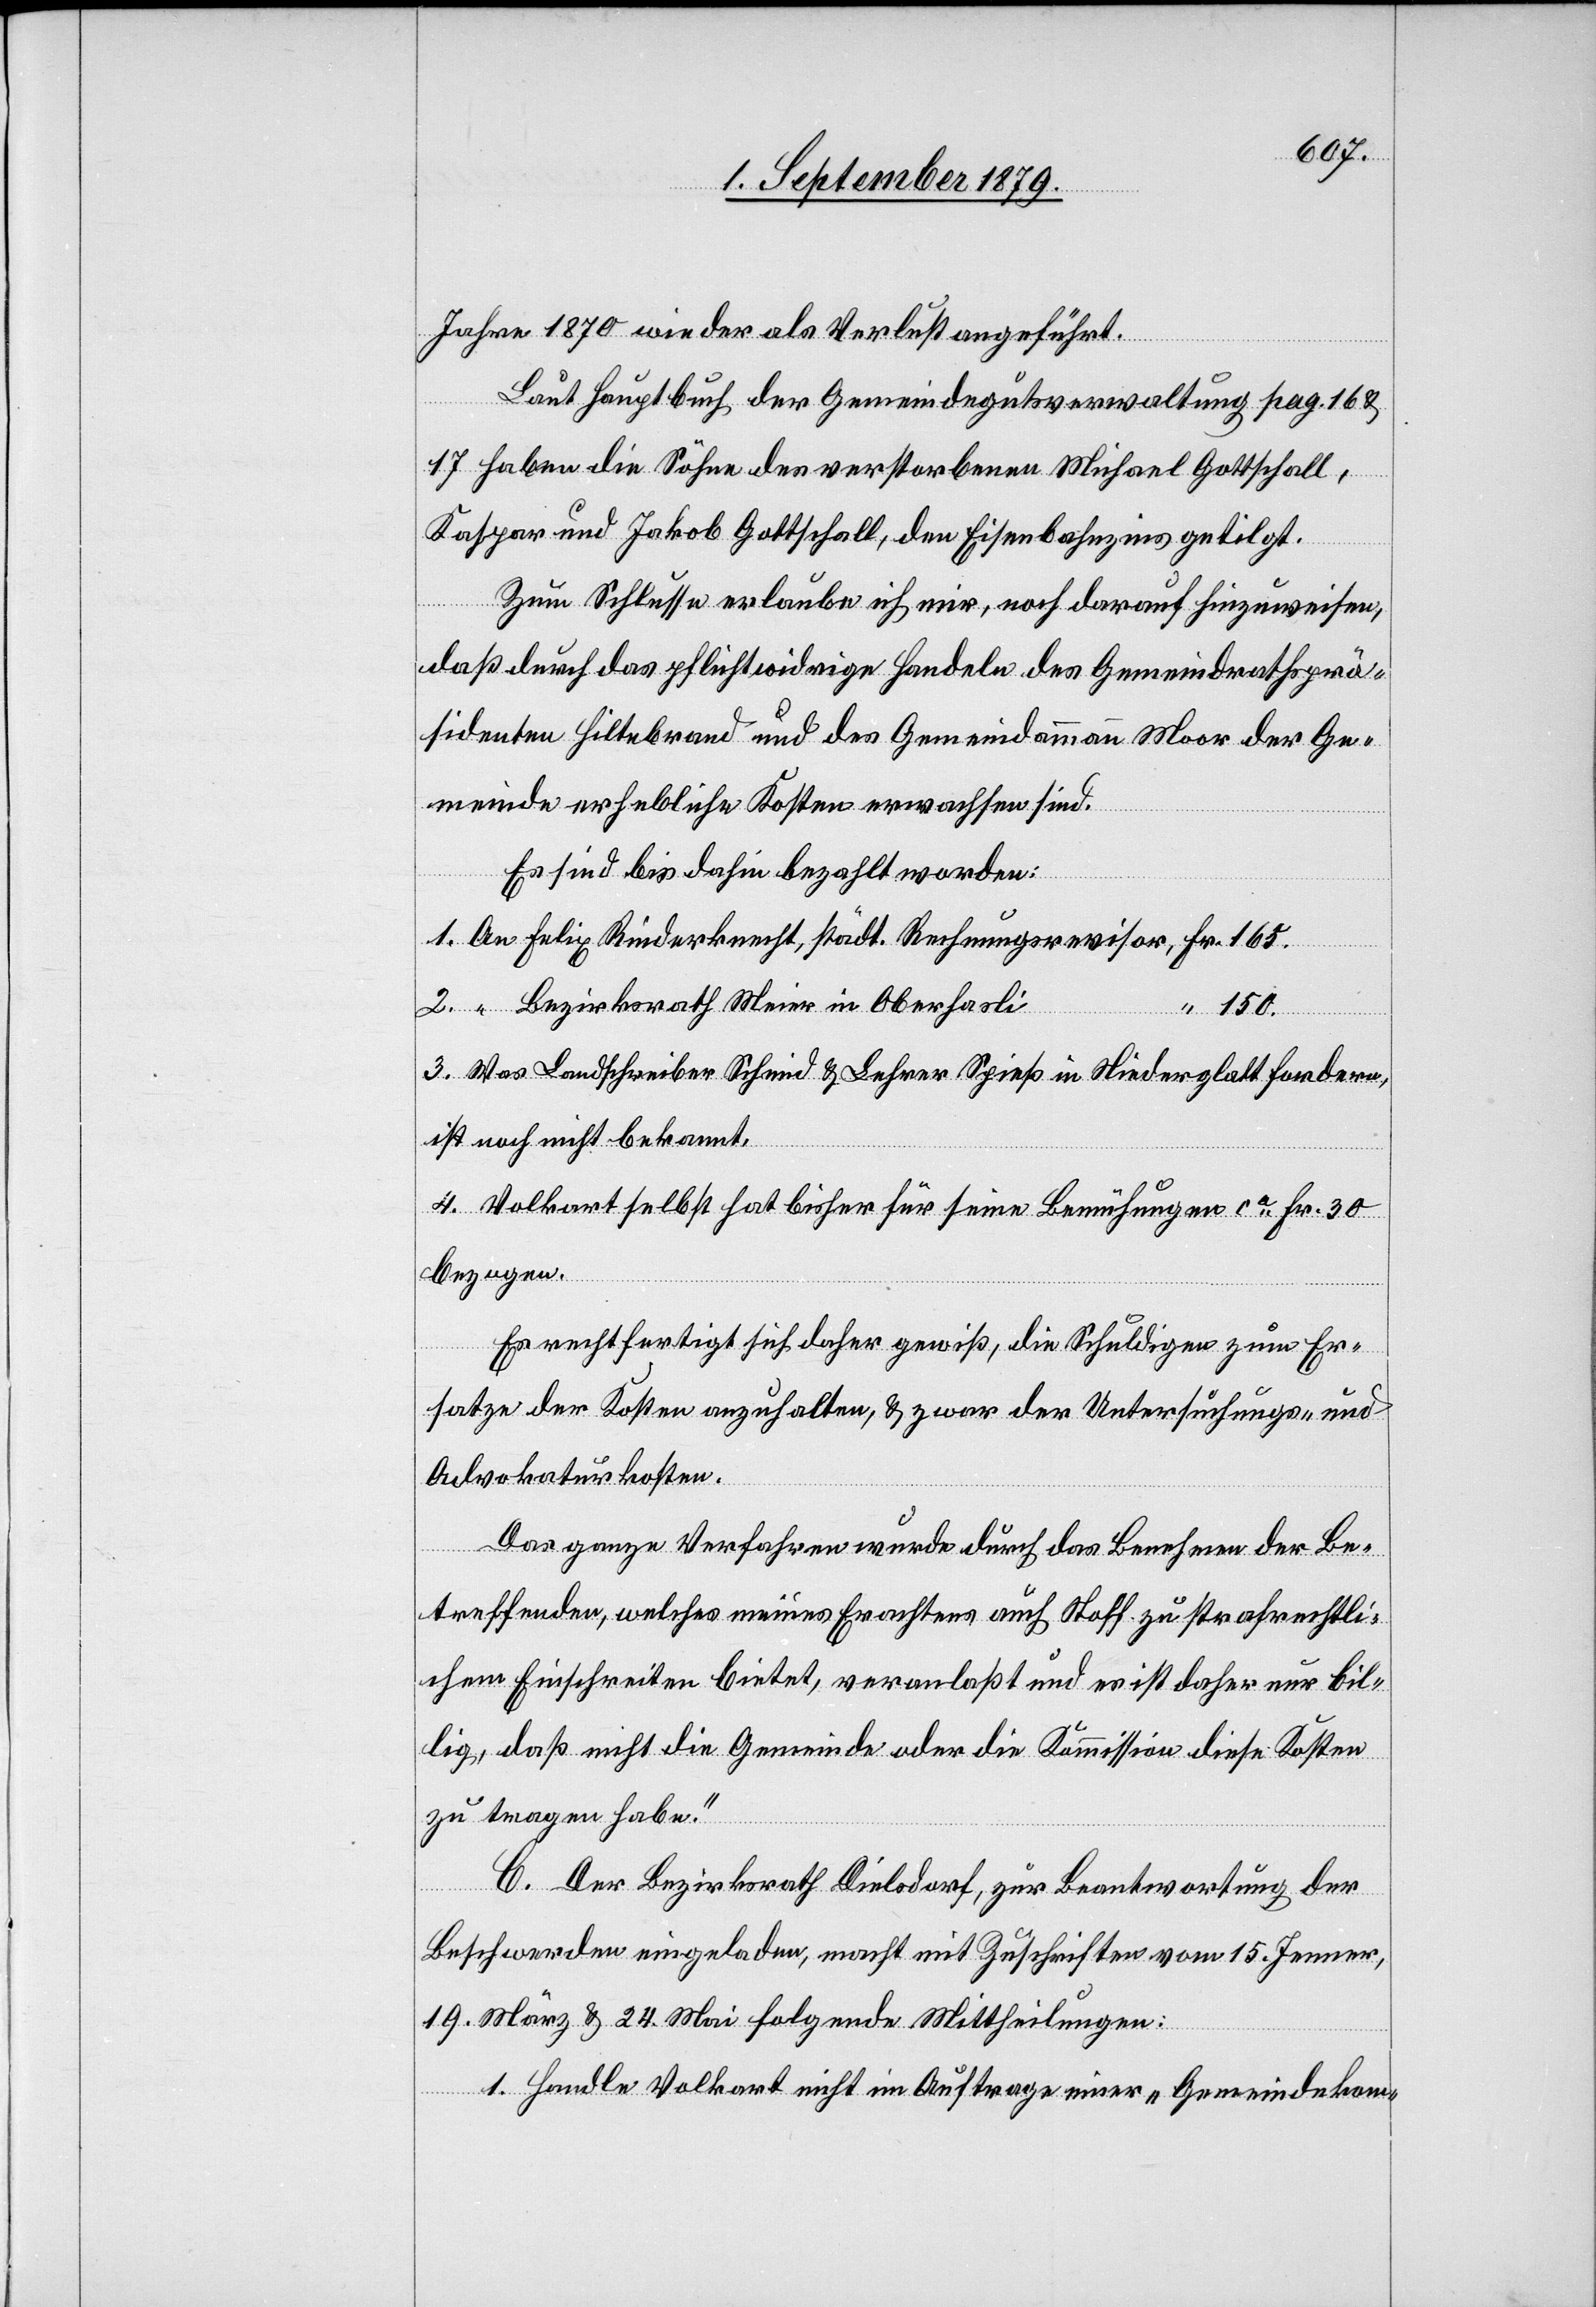
Jahre 1870 wieder als Verlust angeführt.
Laut Hauptbuch der Gemeindegutsverwaltung pag. 16 &
17 haben die Söhne des verstorbenen Michael Gottschall,
Kaspar und Jakob Gottschall, den Eisenbahnzins getilgt.
Zum Schlusse erlaube ich mir, noch darauf hinzuweisen,
daß durch das pflichtwidrige Handeln des Gemeindrathsprä¬
sidenten Hiltebrand und des Gemeindammann Moor der Ge¬
meinde erhebliche Kosten erwachsen sind.
Es sind bis dahin bezahlt worden:
1. An Felix Rinderknecht, städt. Rechnungsrevisor, Fr. 165.
2. “ Bezirksrath Meier in Oberhasli
“ 150.
3. Was Landschreiber Schmid & Lehrer Spieß in Niederglatt fordern,
ist noch nicht bekannt.
4. Volkart selbst hat bisher für seine Bemühungen ca Fr. 30
bezogen.
Es rechtfertigt sich daher gewiß, die Schuldigen zum Er¬
satze der Kosten anzuhalten, & zwar der Untersuchungs- und
Advokaturkosten.
Das ganze Verfahren wurde durch das Benehmen der Be¬
treffenden, welches meines Erachtens auch Stoff zu strafrechtli¬
chem Einschreiten bietet, veranlaßt und es ist daher nur bil¬
lig, daß nicht die Gemeinde oder die Kommission diese Kosten
zu tragen habe.“
C. Der Bezirksrath Diesldorf, zur Beantwortung der
Beschwerden eingeladen, macht mit Zuschriften vom 15. Jenner,
19. März & 24. Mai folgende Mittheilungen:
1. Handle Volkart nicht im Auftrage einer „Gemeindekom-